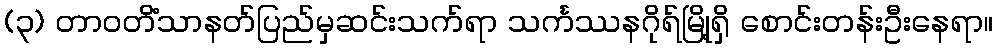
(၃) တာဝတိံသာနတ်ပြည်မှဆင်းသက်ရာ သင်္ကဿနဂိုရ်မြို့ရှိ စောင်းတန်းဦးနေရာ။